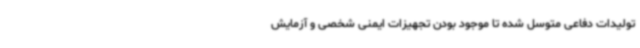
تولیدات دفاعی متوسل شده تا موجود بودن تجهیزات ایمنی شخصی و آزمایش